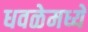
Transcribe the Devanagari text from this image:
धवळेमध्ये